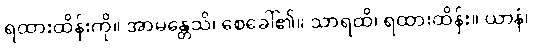
ရထားထိန်းကို။ အာမန္တေသိ၊ စေခေါ်၏။ သာရထိ၊ ရထားထိန်း။ ယာနံ၊